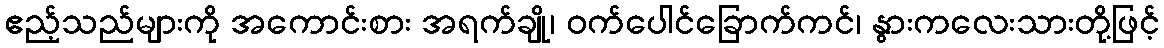
ဧည့်သည်များကို အကောင်းစား အရက်ချို၊ ဝက်ပေါင်ခြောက်ကင်၊ နွားကလေးသားတို့ဖြင့်